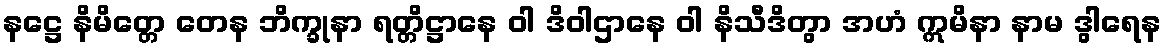
နဋ္ဌေ နိမိတ္တေ တေန ဘိက္ခုနာ ရတ္တိဋ္ဌာနေ ဝါ ဒိဝါဌာနေ ဝါ နိသီဒိတွာ အဟံ ဣမိနာ နာမ ဒွါရေန